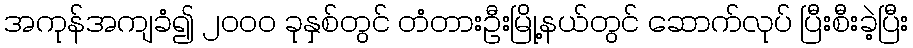
အကုန်အကျခံ၍ ၂၀၀၀ ခုနှစ်တွင် တံတားဦးမြို့နယ်တွင် ဆောက်လုပ် ပြီးစီးခဲ့ပြီး